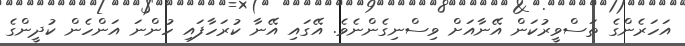
އަހަރެންގެ ތަސްވީރުކަން އޭނާއަށް ވިސްނިގެންނެވެ. އޭގައި އޭނާ ކުރަހާފައި ހުންނަ އަންހެން ކުދީންގެ